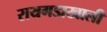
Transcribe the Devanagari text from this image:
रायगडाखाली